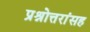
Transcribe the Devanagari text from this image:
प्रश्नोत्तरांसह